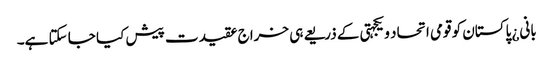
بانی¿ پاکستان کو قومی اتحاد و یکجہتی کے ذریعے ہی خراج عقیدت پیش کیا جا سکتا ہے۔